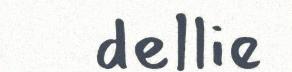
dellie